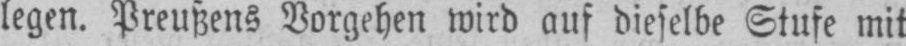
legen. Preußens Vorgehen wird auf dieselbe Stufe mit